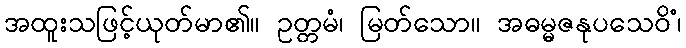
အထူးသဖြင့်ယုတ်မာ၏။ ဥတ္တမံ၊ မြတ်သော။ အဓမ္မဇနုပသေဝိံ၊